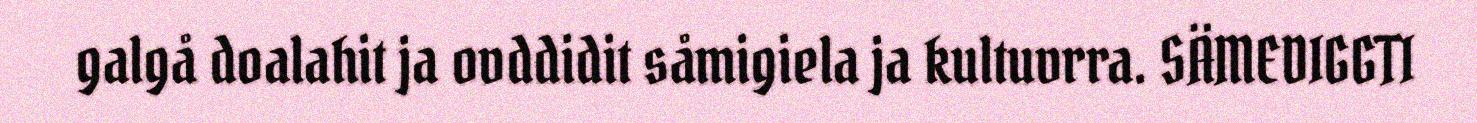
galgå doalahit ja ovddidit såmigiela ja kultuvrra. SÄMEDIGGTI